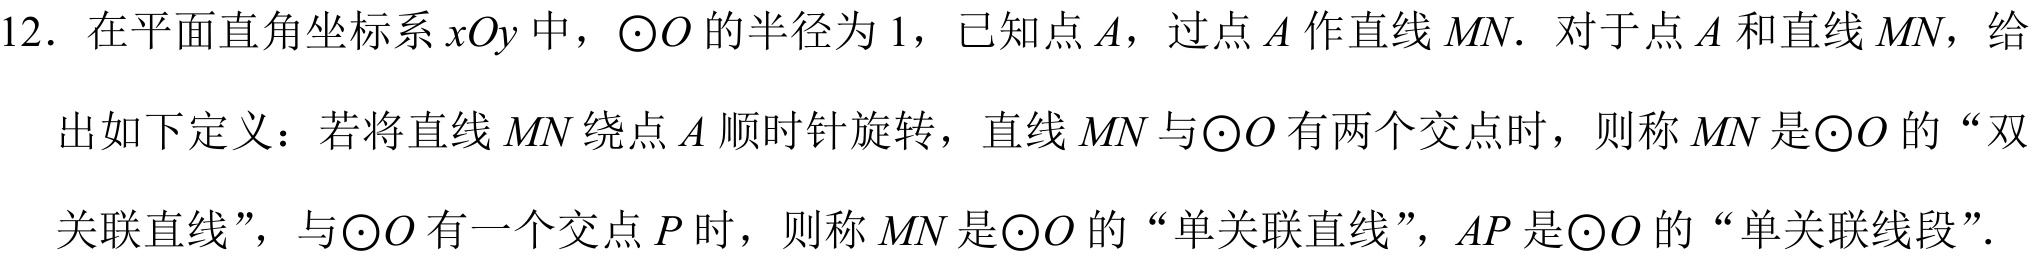
12. 在平面直角坐标系\(xOy\)中，\(\odot O\)的半径为\(1\)，已知点\(A\)，过点\(A\)作直线\(MN\). 对于点\(A\)和直线\(MN\)，给出如下定义：若将直线\(MN\)绕点\(A\)顺时针旋转，直线\(MN\)与\(\odot O\)有两个交点时，则称\(MN\)是\(\odot O\)的“双关联直线”，与\(\odot O\)有一个交点\(P\)时，则称\(MN\)是\(\odot O\)的“单关联直线”，\(AP\)是\(\odot O\)的“单关联线段”.